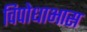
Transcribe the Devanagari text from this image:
विपोधाभास